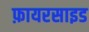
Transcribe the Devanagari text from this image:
फ़ायरसाइड